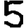
Digit: 5